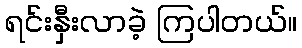
ရင်းနှီးလာခဲ့ ကြပါတယ်။